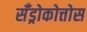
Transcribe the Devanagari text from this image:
सँड्रोकोत्तोस